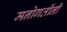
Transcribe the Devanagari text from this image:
मनोगतींनी